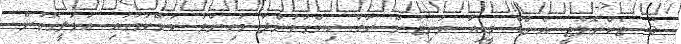
5- ޓެކްނޮލޮޖީ އެންޑް މީޑިއާ ޔުނިޓުން ރާވާ ހިންގަމުންދާ މުހިންމު ކަންކަމުގައި ޢަމަލީގޮތުން